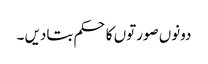
دونوں صورتوں کا حکم بتادیں ۔